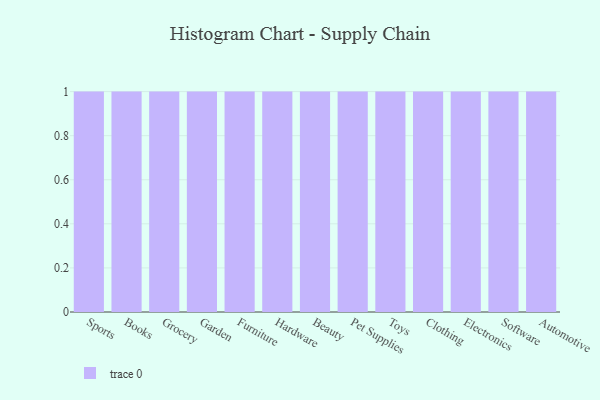
{"axis": {"x": "Category", "y": "Churn Rate (%)"}, "legend": [""], "data": [{"x": "Sports", "y": 38, "type": ""}, {"x": "Books", "y": 48, "type": ""}, {"x": "Grocery", "y": 69, "type": ""}, {"x": "Garden", "y": 90, "type": ""}, {"x": "Furniture", "y": 63, "type": ""}, {"x": "Hardware", "y": 86, "type": ""}, {"x": "Beauty", "y": 73, "type": ""}, {"x": "Pet Supplies", "y": 91, "type": ""}, {"x": "Toys", "y": 37, "type": ""}, {"x": "Clothing", "y": 45, "type": ""}, {"x": "Electronics", "y": 72, "type": ""}, {"x": "Software", "y": 79, "type": ""}, {"x": "Automotive", "y": 96, "type": ""}]}